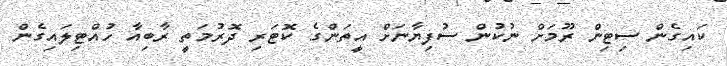
ކައިގެން ސިޓިން ރޫމަށް ނުކުން ސުފިޔާނަށް އީތަންގެ ކޮޓަރި ދޮރުމަތީ ރާބިއާ ހުއްޓިލައިގެން